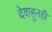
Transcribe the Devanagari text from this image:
देवाहूनही